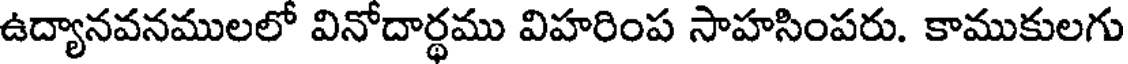
ఉద్యానవనములలో వినోదార్థము విహరింప సాహసింపరు. కాముకులగు